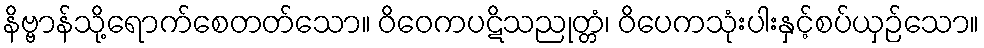
နိဗ္ဗာန်သို့ရောက်စေတတ်သော။ ဝိဝေကပဋိသညုတ္တံ၊ ဝိပေကသုံးပါးနှင့်စပ်ယှဉ်သော။